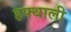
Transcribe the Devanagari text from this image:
हफ्थाली